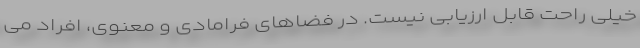
خیلی راحت قابل ارزیابی نیست. در فضاهای فرامادی و معنوی، افراد می‌